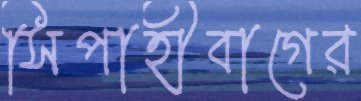
সিপাহীবাগের